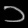
Digit: ၁